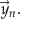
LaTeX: { \vec { y } } _ { n } .